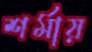
শর্মায়